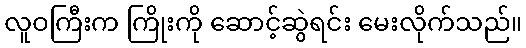
လူဝကြီးက ကြိုးကို ဆောင့်ဆွဲရင်း မေးလိုက်သည်။